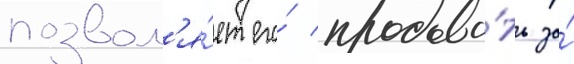
позвол'я́ет его́ продава́ть за́